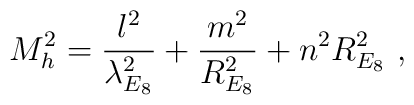
M_h^2 = {l^2 \over {\lambda_{E_8}^2}} + {m^2 \over R_{E_8}^2} + n^2 R_{E_8}^2 \ ,